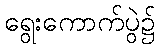
ရွေးကောက်ပွဲ၌